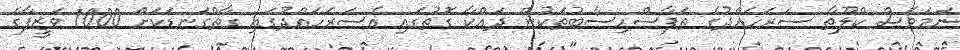
ނަމަވެސް ކްލޫތާ ސަރަހައްދުގެ ތަފާސްހިސާބުތަކުން ދައްކާ ގޮތުގައި އެސަރަހައްދުގައި ގާތްގަނޑަކަށް 1000 ވަޒީފާގެ